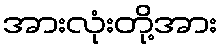
အားလုံးတို့အား